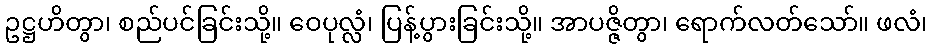
ဥဋ္ဌဟိတွာ၊ စည်ပင်ခြင်းသို့။ ဝေပုလ္လံ၊ ပြန့်ပွားခြင်းသို့။ အာပဇ္ဇိတွာ၊ ရောက်လတ်သော်။ ဖလံ၊